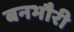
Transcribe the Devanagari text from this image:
बनभौरी